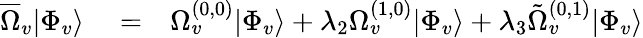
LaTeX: \begin{array}{rlr}{\overline{{\Omega}}_{v}|\Phi_{v}\rangle}&{{}=}&{\Omega_{v}^{(0,0)}|\Phi_{v}\rangle+\lambda_{2}\Omega_{v}^{(1,0)}|\Phi_{v}\rangle+\lambda_{3}\tilde{\Omega}_{v}^{(0,1)}|\Phi_{v}\rangle}\end{array}